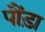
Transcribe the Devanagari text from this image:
पौंड़ा